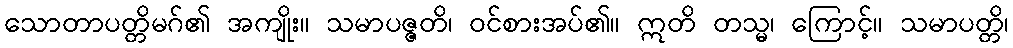
သောတာပတ္တိမဂ်၏ အကျိုး။ သမာပဇ္ဇတိ၊ ဝင်စားအပ်၏။ ဣတိ တသ္မ၊ ကြောင့်။ သမာပတ္တိ၊